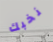
نخبك